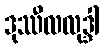
ဒုဿီလလုဒ္ဒါ